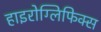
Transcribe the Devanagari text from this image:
हाइरोग्लिफिक्स